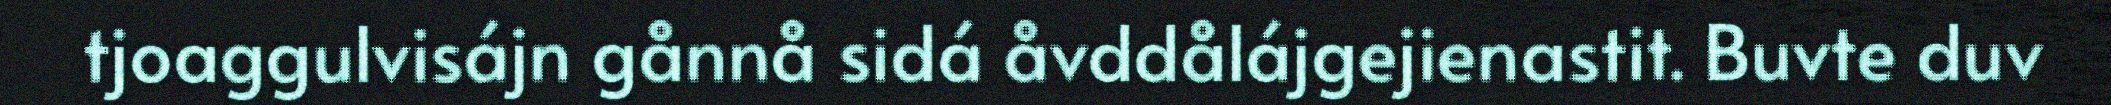
tjoaggulvisájn gånnå sidá åvddålájgejienastit. Buvte duv